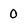
Character: 0